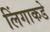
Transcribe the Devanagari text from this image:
लिंगाकडे